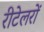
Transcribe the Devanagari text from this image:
रीटेलरों